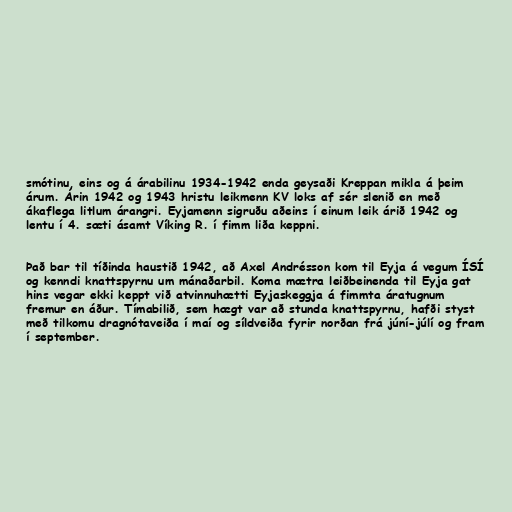
smótinu, eins og á árabilinu 1934-1942 enda geysaði Kreppan mikla á þeim
árum. Árin 1942 og 1943 hristu leikmenn KV loks af sér slenið en með
ákaflega litlum árangri. Eyjamenn sigruðu aðeins í einum leik árið 1942 og
lentu í 4. sæti ásamt Víking R. í fimm liða keppni.

Það bar til tíðinda haustið 1942, að Axel Andrésson kom til Eyja á vegum ÍSÍ
og kenndi knattspyrnu um mánaðarbil. Koma mætra leiðbeinenda til Eyja gat
hins vegar ekki keppt við atvinnuhætti Eyjaskeggja á fimmta áratugnum
fremur en áður. Tímabilið, sem hægt var að stunda knattspyrnu, hafði styst
með tilkomu dragnótaveiða í maí og síldveiða fyrir norðan frá júní-júlí og fram
í september.